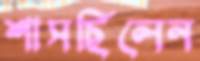
শাসছিলেন